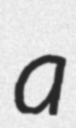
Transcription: a